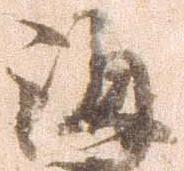
海